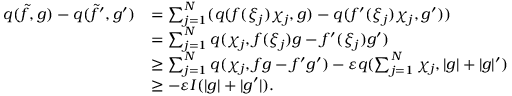
\begin{array} { r l } { q ( \tilde { f } , g ) - q ( \tilde { f } ^ { \prime } , g ^ { \prime } ) } & { = \sum _ { j = 1 } ^ { N } ( q ( f ( \xi _ { j } ) \chi _ { j } , g ) - q ( f ^ { \prime } ( \xi _ { j } ) \chi _ { j } , g ^ { \prime } ) ) } \\ & { = \sum _ { j = 1 } ^ { N } q ( \chi _ { j } , f ( \xi _ { j } ) g - f ^ { \prime } ( \xi _ { j } ) g ^ { \prime } ) } \\ & { \geq \sum _ { j = 1 } ^ { N } q ( \chi _ { j } , f g - f ^ { \prime } g ^ { \prime } ) - \varepsilon q ( \sum _ { j = 1 } ^ { N } \chi _ { j } , | g | + | g | ^ { \prime } ) } \\ & { \geq - \varepsilon I ( | g | + | g ^ { \prime } | ) . } \end{array}